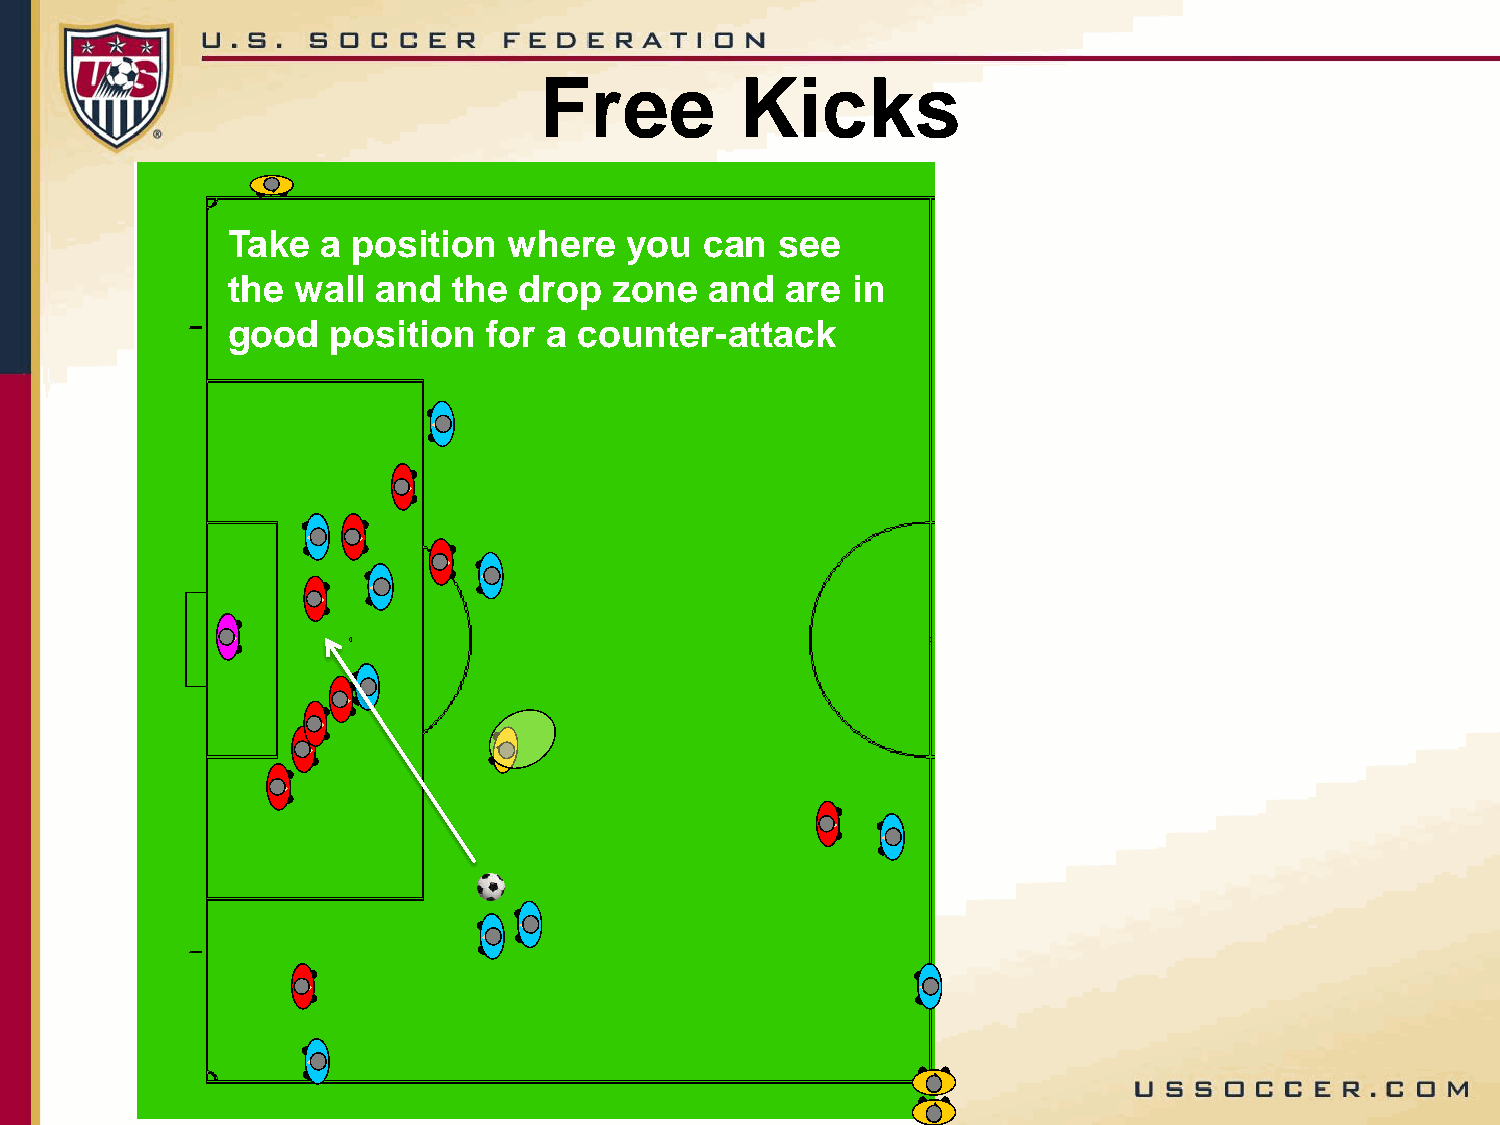
Free         Kicks
 Take  a position   where  you   can  see
 the wall  and  the drop   zone  and  are in
 good   position  for a counter-attack